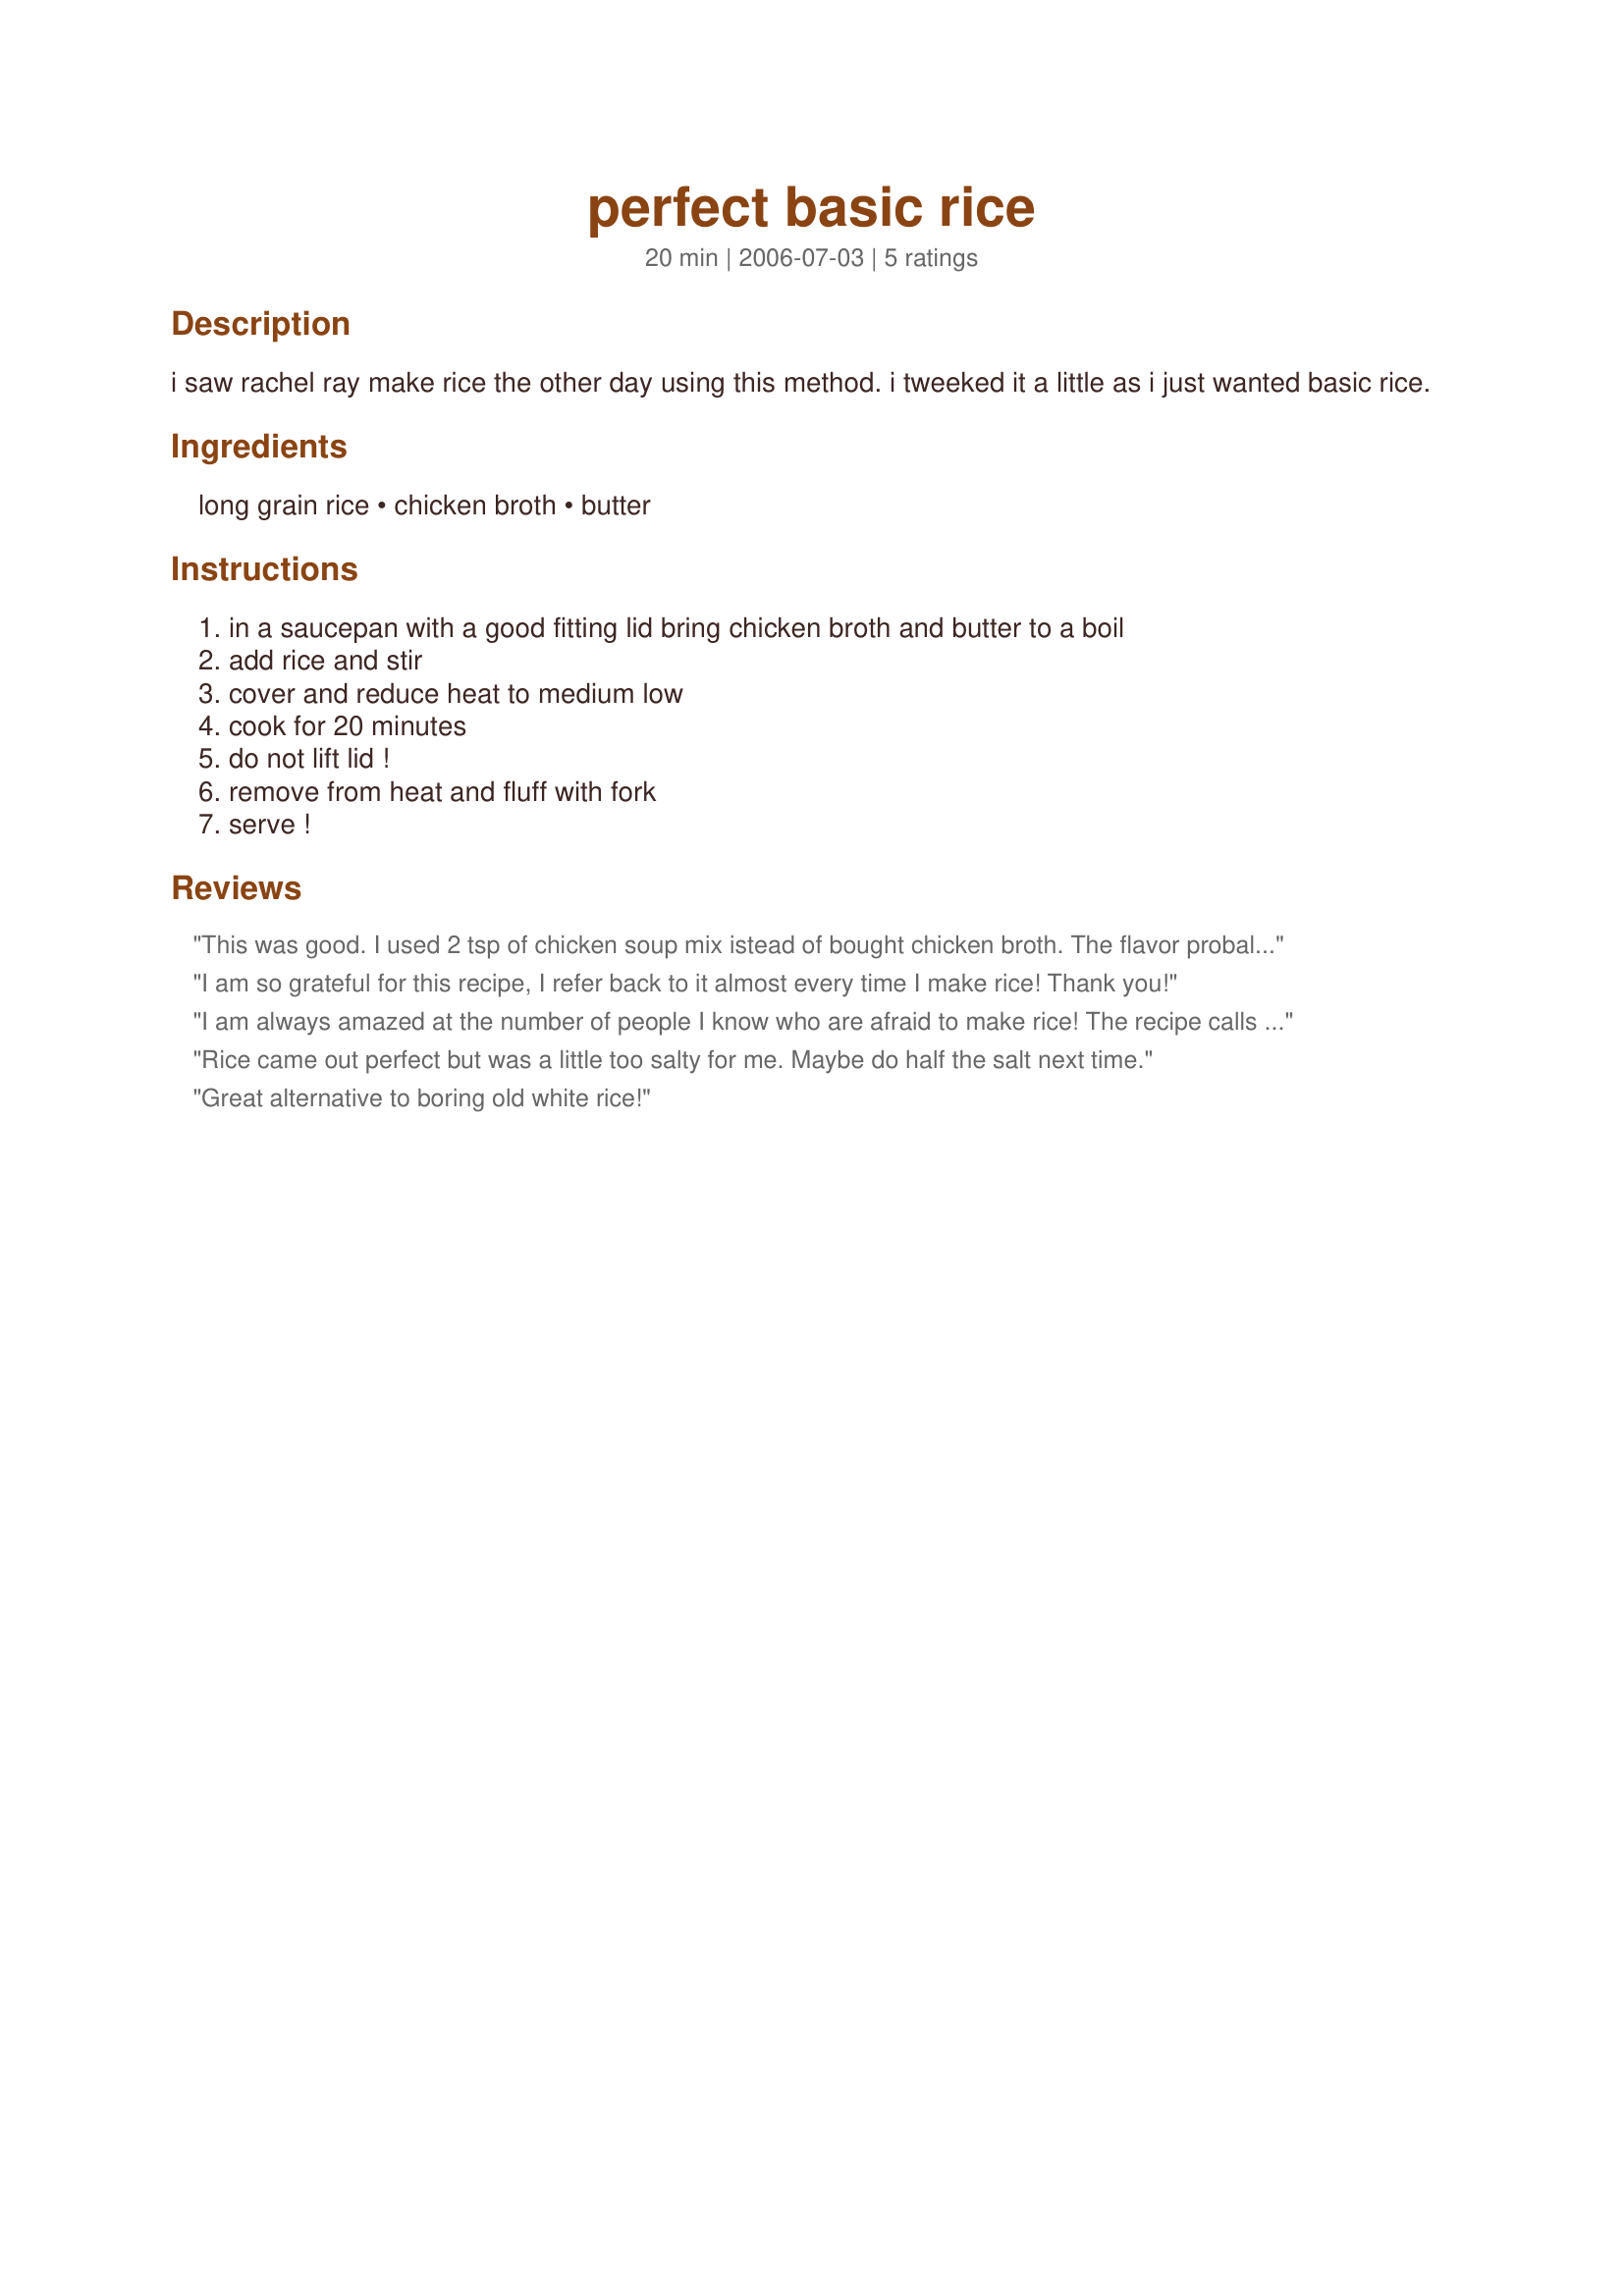
perfect basic rice
Preparation time: 20 minutes

i saw rachel ray make rice the other day using this method. i tweeked it a little as i just wanted basic rice.

Ingredients:
long grain rice, chicken broth, butter

Steps:
in a saucepan with a good fitting lid bring chicken broth and butter to a boil, add rice and stir, cover and reduce heat to medium low, cook for 20 minutes, do not lift lid !, remove from heat and fluff with fork, serve !

Reviews:
This was good. I used 2 tsp of chicken soup mix istead of bought chicken broth. The flavor probaly wasn't as strong as store bought broth, but it was still good enough to eat without any addition seasoning or sauces.
I serve this with fish.
Thanks for the recipe!
I am so grateful for this recipe, I refer back to it almost every time I make rice! Thank you!
I am always amazed at the number of people I know who are afraid to make rice! The recipe calls for medium low heat, but I have found that there is almost no heat setting too low to make perfect rice in 20 minutes ... I use "below low" with perfect results and no sticking to the saucepan at all. I also do a quick stir at 10 minutes ... otherwise, I just LEAVE IT ALONE and let it steam in the covered pan!!!

I also use water and 2 chicken boullion cubes instead of broth, and for spanish dishes I use olive oil in place of the butter.

Great recipe.
Rice came out perfect but was a little too salty for me. Maybe do half the salt next time.
Great alternative to boring old white rice!
